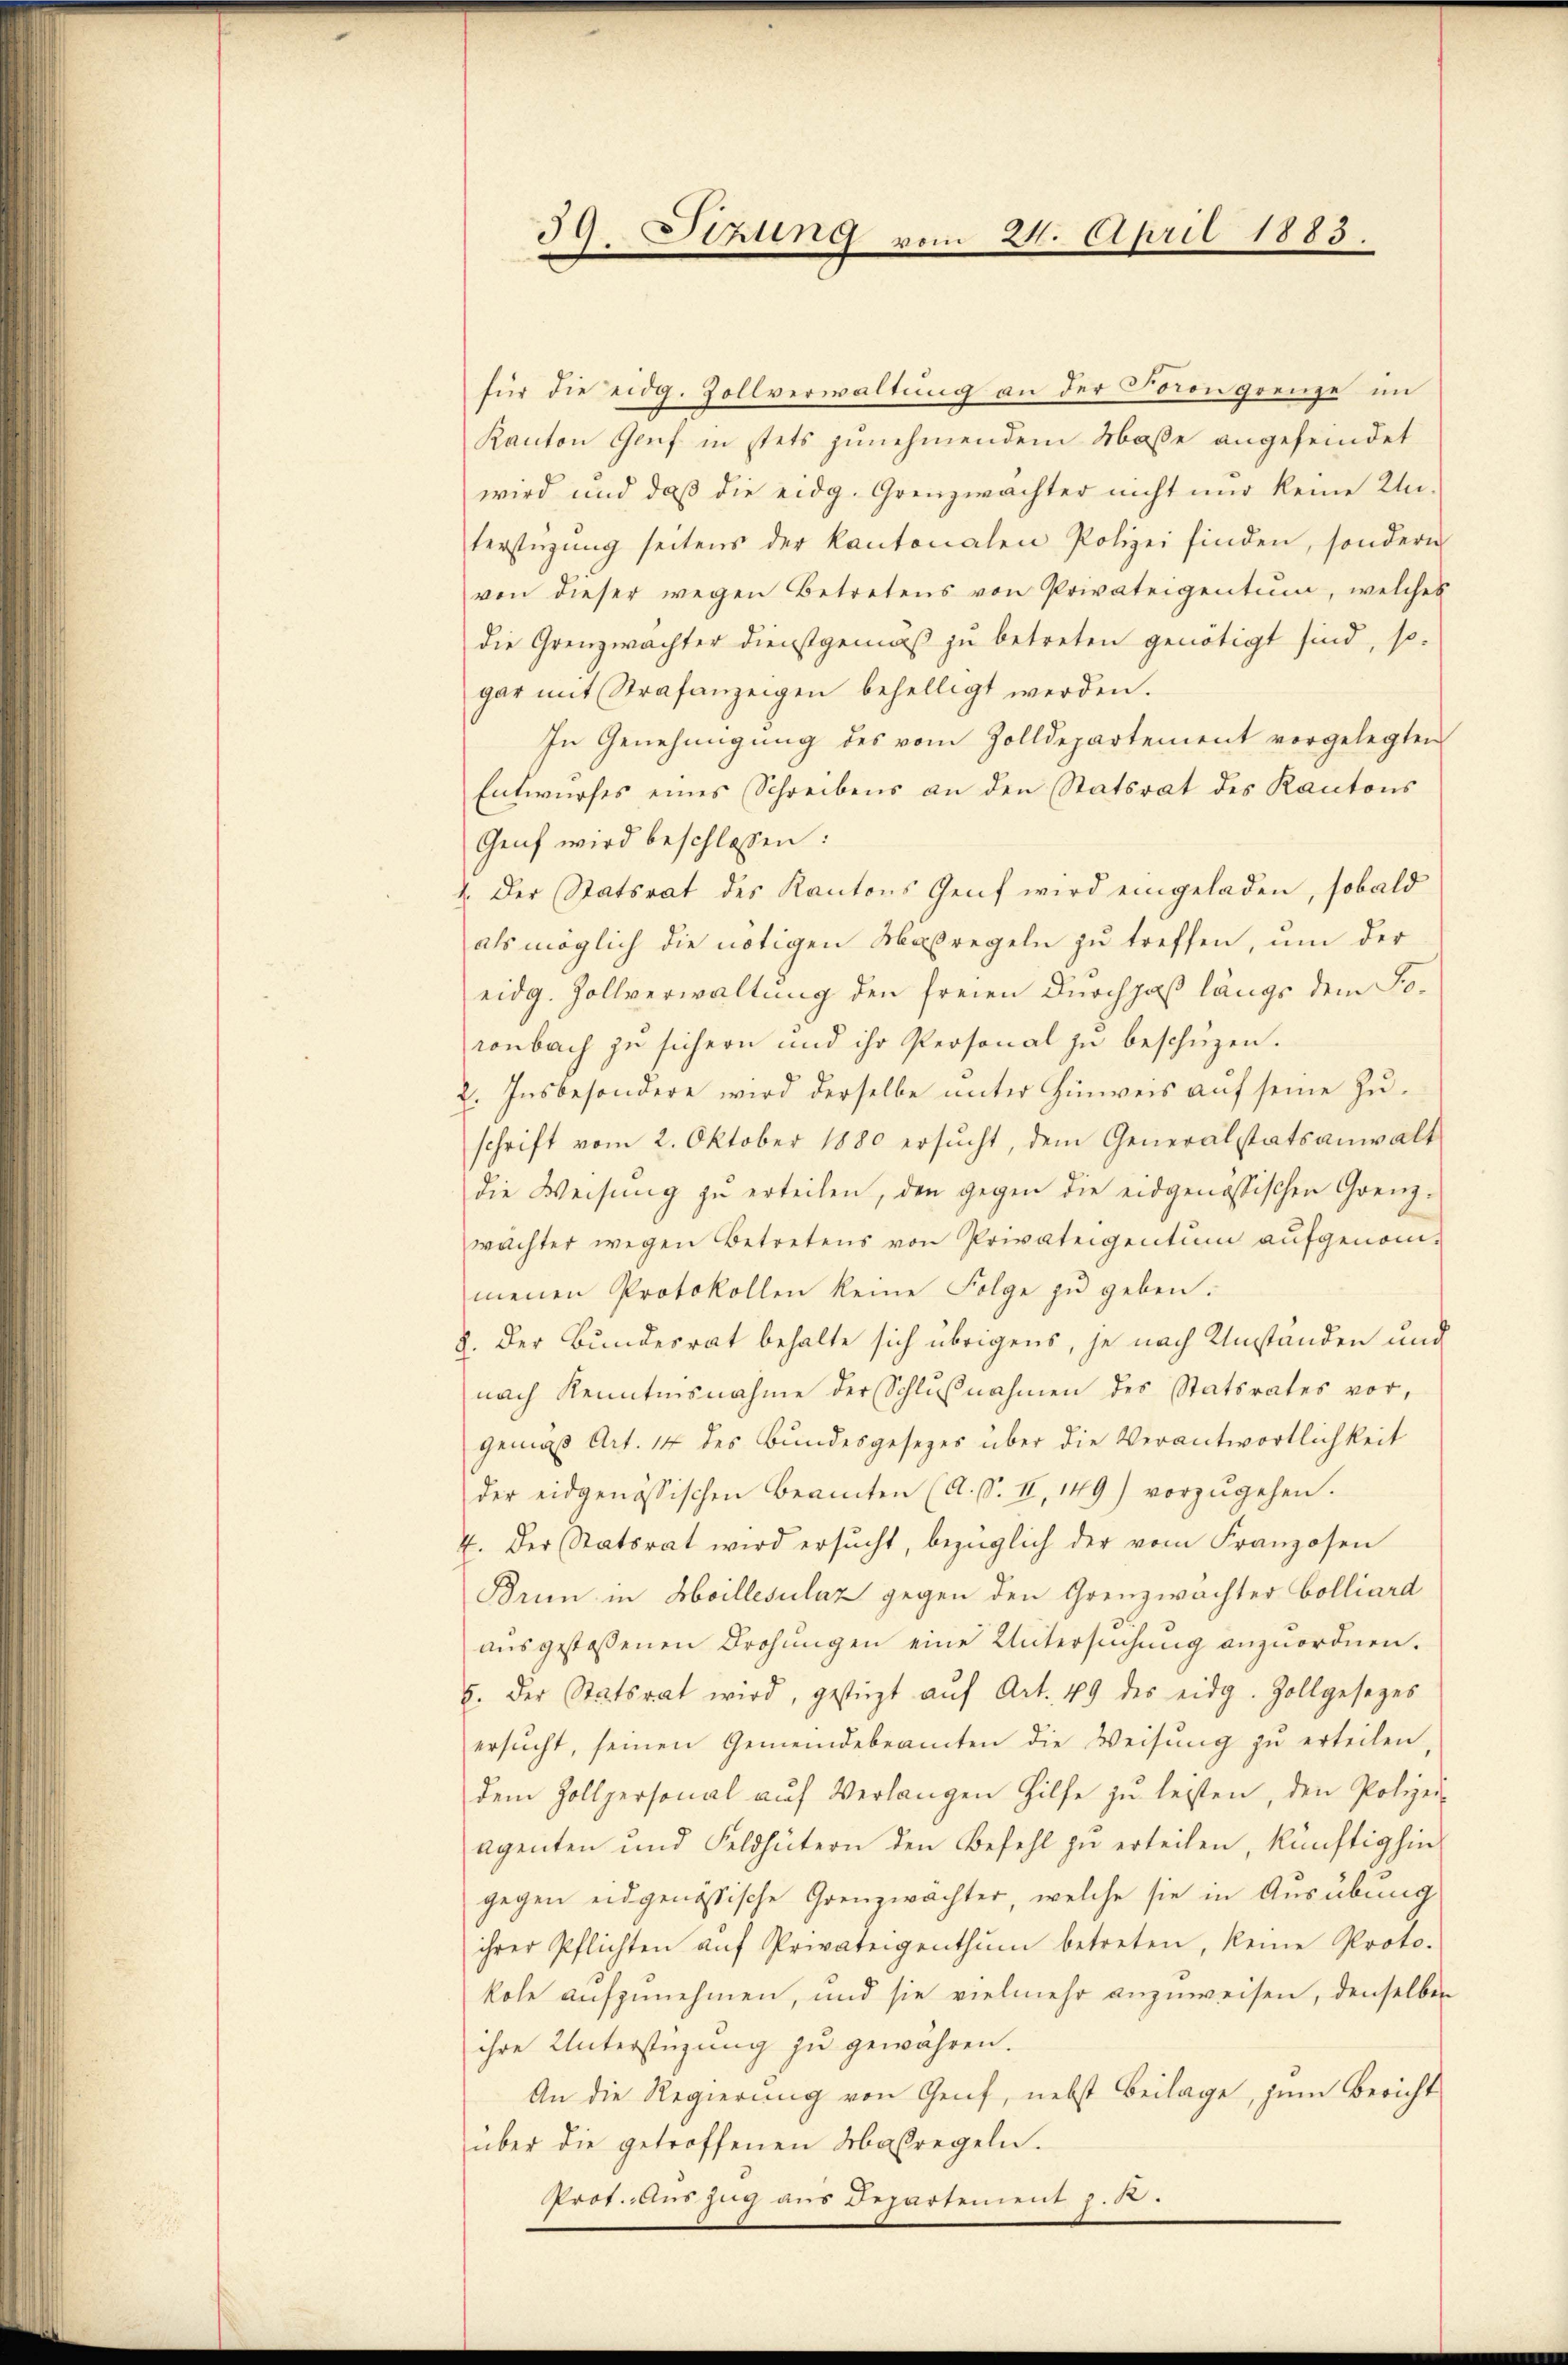
39. Sitzung vom 24. April 1883.

für die eidg. Zollverwaltung an der Dorongrenze im
Kanton Genf in stets zunehmendem Maße angefeindet
wird und daß die eidg. Grenzwächter nicht nur keine Unterstüzung seitens der Kantonalen Polizei finden, sondern
von dieser wegen Betretens von Privateigentum, welches
die Grenzwachter dienstgemäß zu betreten genötigt sind, so-
gar mit Strafanzeigen behelligt werden.
In Genehmigung des vom Zolldepartement vorgelegten
Entwŭrfes eines Schreibens an den Statsrat des Kantons
Genf wird beschlossen:
4. Der Statsrat des Kantons Genf wird eingeladen, sobald
als möglich die nötigen Maßregeln zu treffen, um der
eidg. Zollverwaltung den freien Durchpaß längs dem Toronbach zu sichern und ihr Personal zu beschüzen.
2. Insbesondere wird derselbe unter Hinweis auf seine Zuschrift vom 2. Oktober 1880 ersŭcht, dem Generalstatsanwalt
die Weisŭng zŭ erteilen, den gegen die eidgenössischen Grenz-
wächter wegen Betretens von Privateigentum aufgenommenen Protokollen keine Folge zu geben.
J. Der Bundesrat behalte sich übrigens, je nach Umstanden und
nach Kenntnisnahme der Schlußnahmen des Statsrates vor,
gemäß Art. 14 des Bundesgesezes über die Verantwortlichkeit
der eidgenössischen Beamten (A. S. II, 149) vorzŭgehen.
2. Der Statsrat wird ersŭcht, bezüglich der vom Franzosen
Brun in Heillesclaz gegen den Grenzwachter Colliard
ausgestossenen Brohungen eine Untersuchung anzuordnen.
5. Der Statsrat wird, gestürzt aŭf Art. 49 des eidg. Zollgesezes
ersucht, seinen Gemeindebeamten die Weisung zu erteilen,
dem Zollpersonal aŭf Verlangen Hilfe zu leisten, den Polizei-
agenten und Feldhütern den Befehl zŭ erteilen, künftighin
gegen eidgenössische Grenzwachter, welche sie in Ausübung
ihrer Pflichten aŭf Privateigenthŭm betreten, keine Proto-
kole aufzunehmen, und sie vielmehr anzuweisen, denselben
ihre Unterstüzung zu gewähren.
An die Regierung von Genf, nebst Beilage, zŭm Bericht
über die getroffenen Maßregeln.
Prof. Auszug aus Departement z. R.